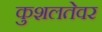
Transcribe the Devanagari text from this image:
कुशलतेवर